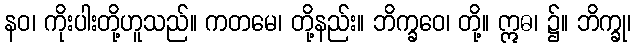
နဝ၊ ကိုးပါးတို့ဟူသည်။ ကတမေ၊ တို့နည်း။ ဘိက္ခဝေ၊ တို့။ ဣဓ၊ ၌။ ဘိက္ခု၊